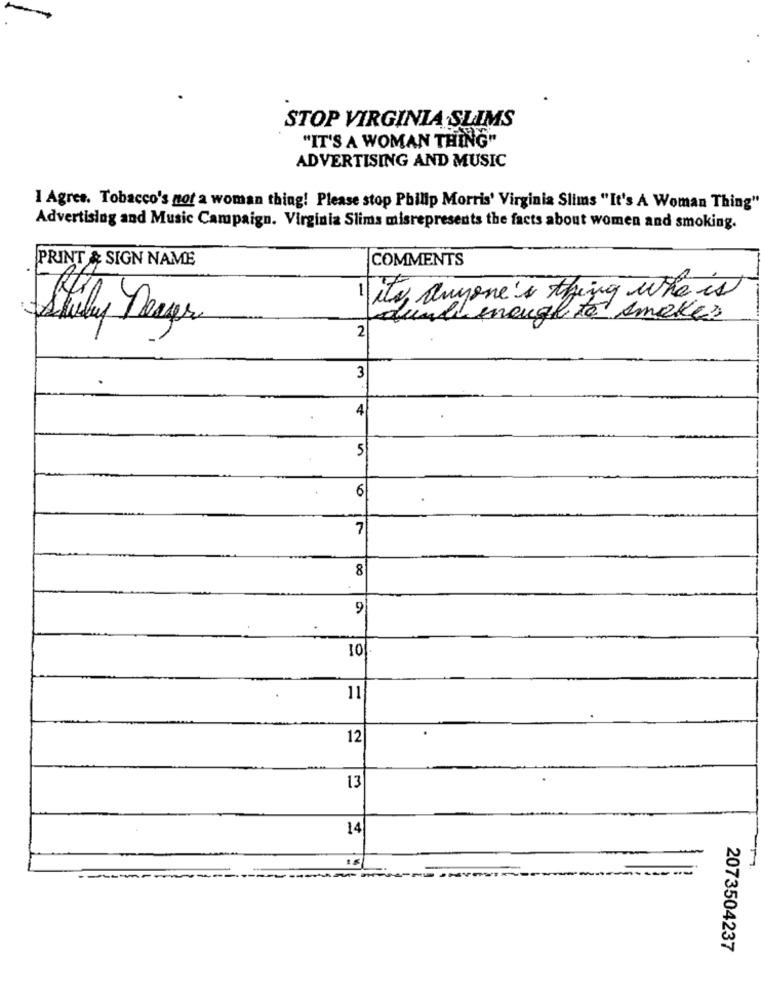
STOP VIRGINIA SLIMS
"IT'S A WOMAN THING"
ADVERTISING AND MUSIC
I Agree. Tobacco's not a woman thing! Please stop Philip Morris' Virginia Slims "It's A Woman Thing"
Advertising and Music Campaign. Virginia Slims misrepresents the facts about women and smoking.
PRINT & SIGN NAME
COMMENTS
its anyone's thing who is
und encual to smoke?
Stily Deaver
2
3
4
5
6
7
8
9
10
11
12
13
14
---
2073504237